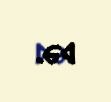
də.